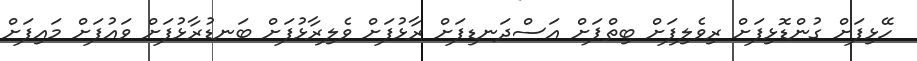
ހޭޅިފަށް ގުންޑޮޅިފަށް ރިވެލިފަށް ބިތްޕަށް އަސްދަނޑިފަށް ރާޅުފަށް ވެލިރާޅުފަށް ބަނޑުރާޅުފަށް ވައުފަށް މައިފަށް